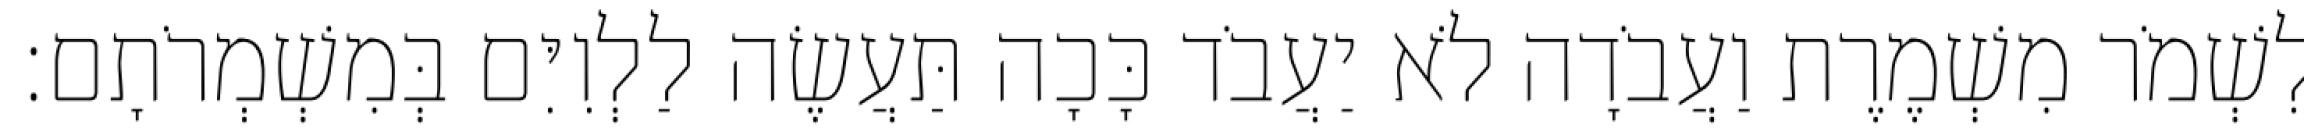
לִשְׁמֹר מִשְׁמֶרֶת וַעֲבֹדָה לֹא יַעֲבֹד כָּכָה תַּעֲשֶׂה לַלְוִיִּם בְּמִשְׁמְרֹתָם׃